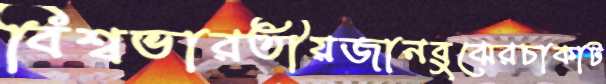
বিশ্বভারতীয়জানবুঝেরচাকাট